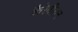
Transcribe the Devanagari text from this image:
कैरेबीयन